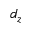
d _ { z }